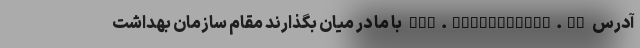
آدرس www.cyberpolice.ir با ما در میان بگذارند مقام سازمان بهداشت